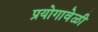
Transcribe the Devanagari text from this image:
प्रयोगावेळी